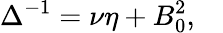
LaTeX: \Delta^{-1}=\nu\eta+B_{0}^{2},\quad